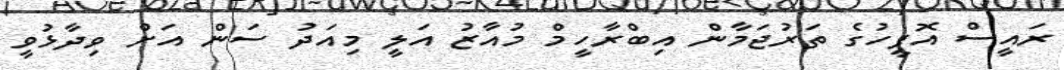
ރައީސް އޮފީހުގެ ތަރުޖަމާން އިބްރާހީމް މުއާޒު އަލީ މިއަދު ސަން އަށް ވިދާޅުވީ